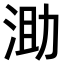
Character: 𣵪